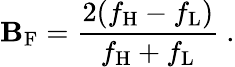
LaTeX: \mathbf{B}_{\mathrm{{F}}}={\frac{{2(f_{\mathrm{{H}}}-f_{\mathrm{{L}}})}}{{f_{\mathrm{{H}}}+f_{\mathrm{{L}}}}}}\ .